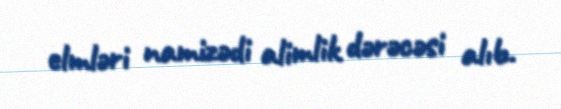
elmləri namizədi alimlik dərəcəsi alıb.